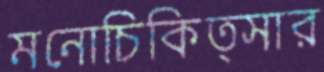
মনোচিকিত্সার